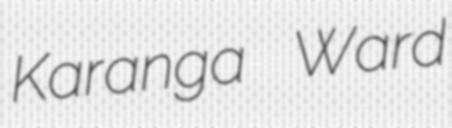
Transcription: Karanga Ward